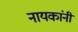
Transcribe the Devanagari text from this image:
नायकांनी